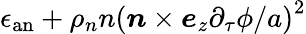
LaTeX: \epsilon_{\mathrm{an}}+\rho_{n}n\left(\boldsymbol{n}\times\boldsymbol{e}_{z}\partial_{\tau}\phi/a\right)^{2}